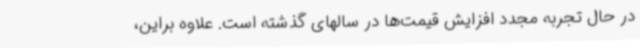
در حال تجربه مجدد افزایش قیمت‌ها در سالهای گذشته است. علاوه براین،